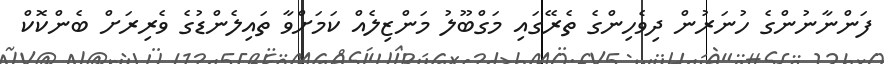
ފަންނާނުންގެ ހުނަރުން ދިވެހިންގެ ތެރޭގައި މަގްބޫލު މަންޒިލެއް ކަމަށްވާ ތައިލެންޑުގެ ވެރިރަށް ބެންކޮކް